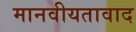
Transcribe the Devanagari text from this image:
मानवीयतावाद